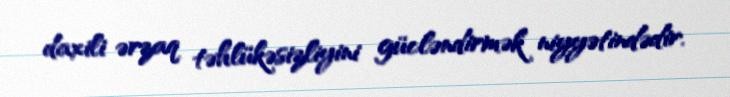
daxili ərzaq təhlükəsizliyini gücləndirmək niyyətindədir.